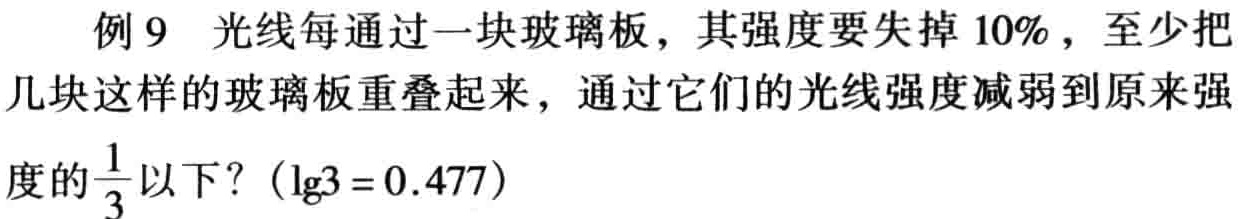
例 9 光线每通过一块玻璃板，其强度要失掉 \(10\%\)，至少把几块这样的玻璃板重叠起来，通过它们的光线强度减弱到原来强度的\(\frac{1}{3}\)以下？\((\lg3 = 0.477)\)